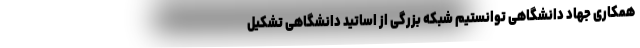
همکاری جهاد دانشگاهی توانستیم شبکه بزرگی از اساتید دانشگاهی تشکیل